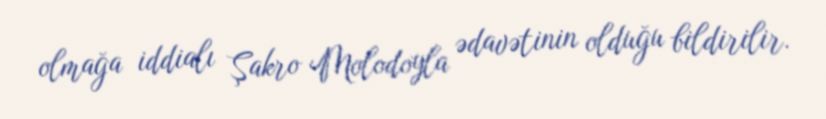
olmağa iddialı Şakro Molodoyla ədavətinin olduğu bildirilir.